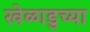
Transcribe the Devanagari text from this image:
खेळाडुच्या